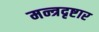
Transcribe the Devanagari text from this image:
मन्त्रदृष्टार